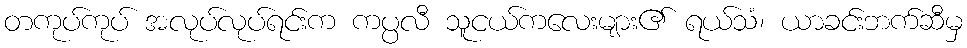
တကုပ်ကုပ် အလုပ်လုပ်ရင်းက ကပ္ပလီ သူငယ်ကလေးများ၏ ရယ်သံ၊ ယာခင်းဘက်ဆီမှ